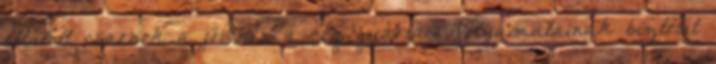
ellátott csarnok a jövôben a cég gyártási folyamatainak biztosít